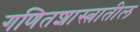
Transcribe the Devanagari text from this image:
गणितशास्त्रातील